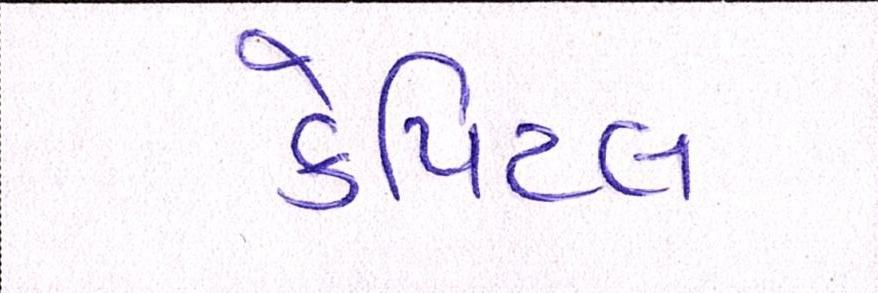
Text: કેપિટલ